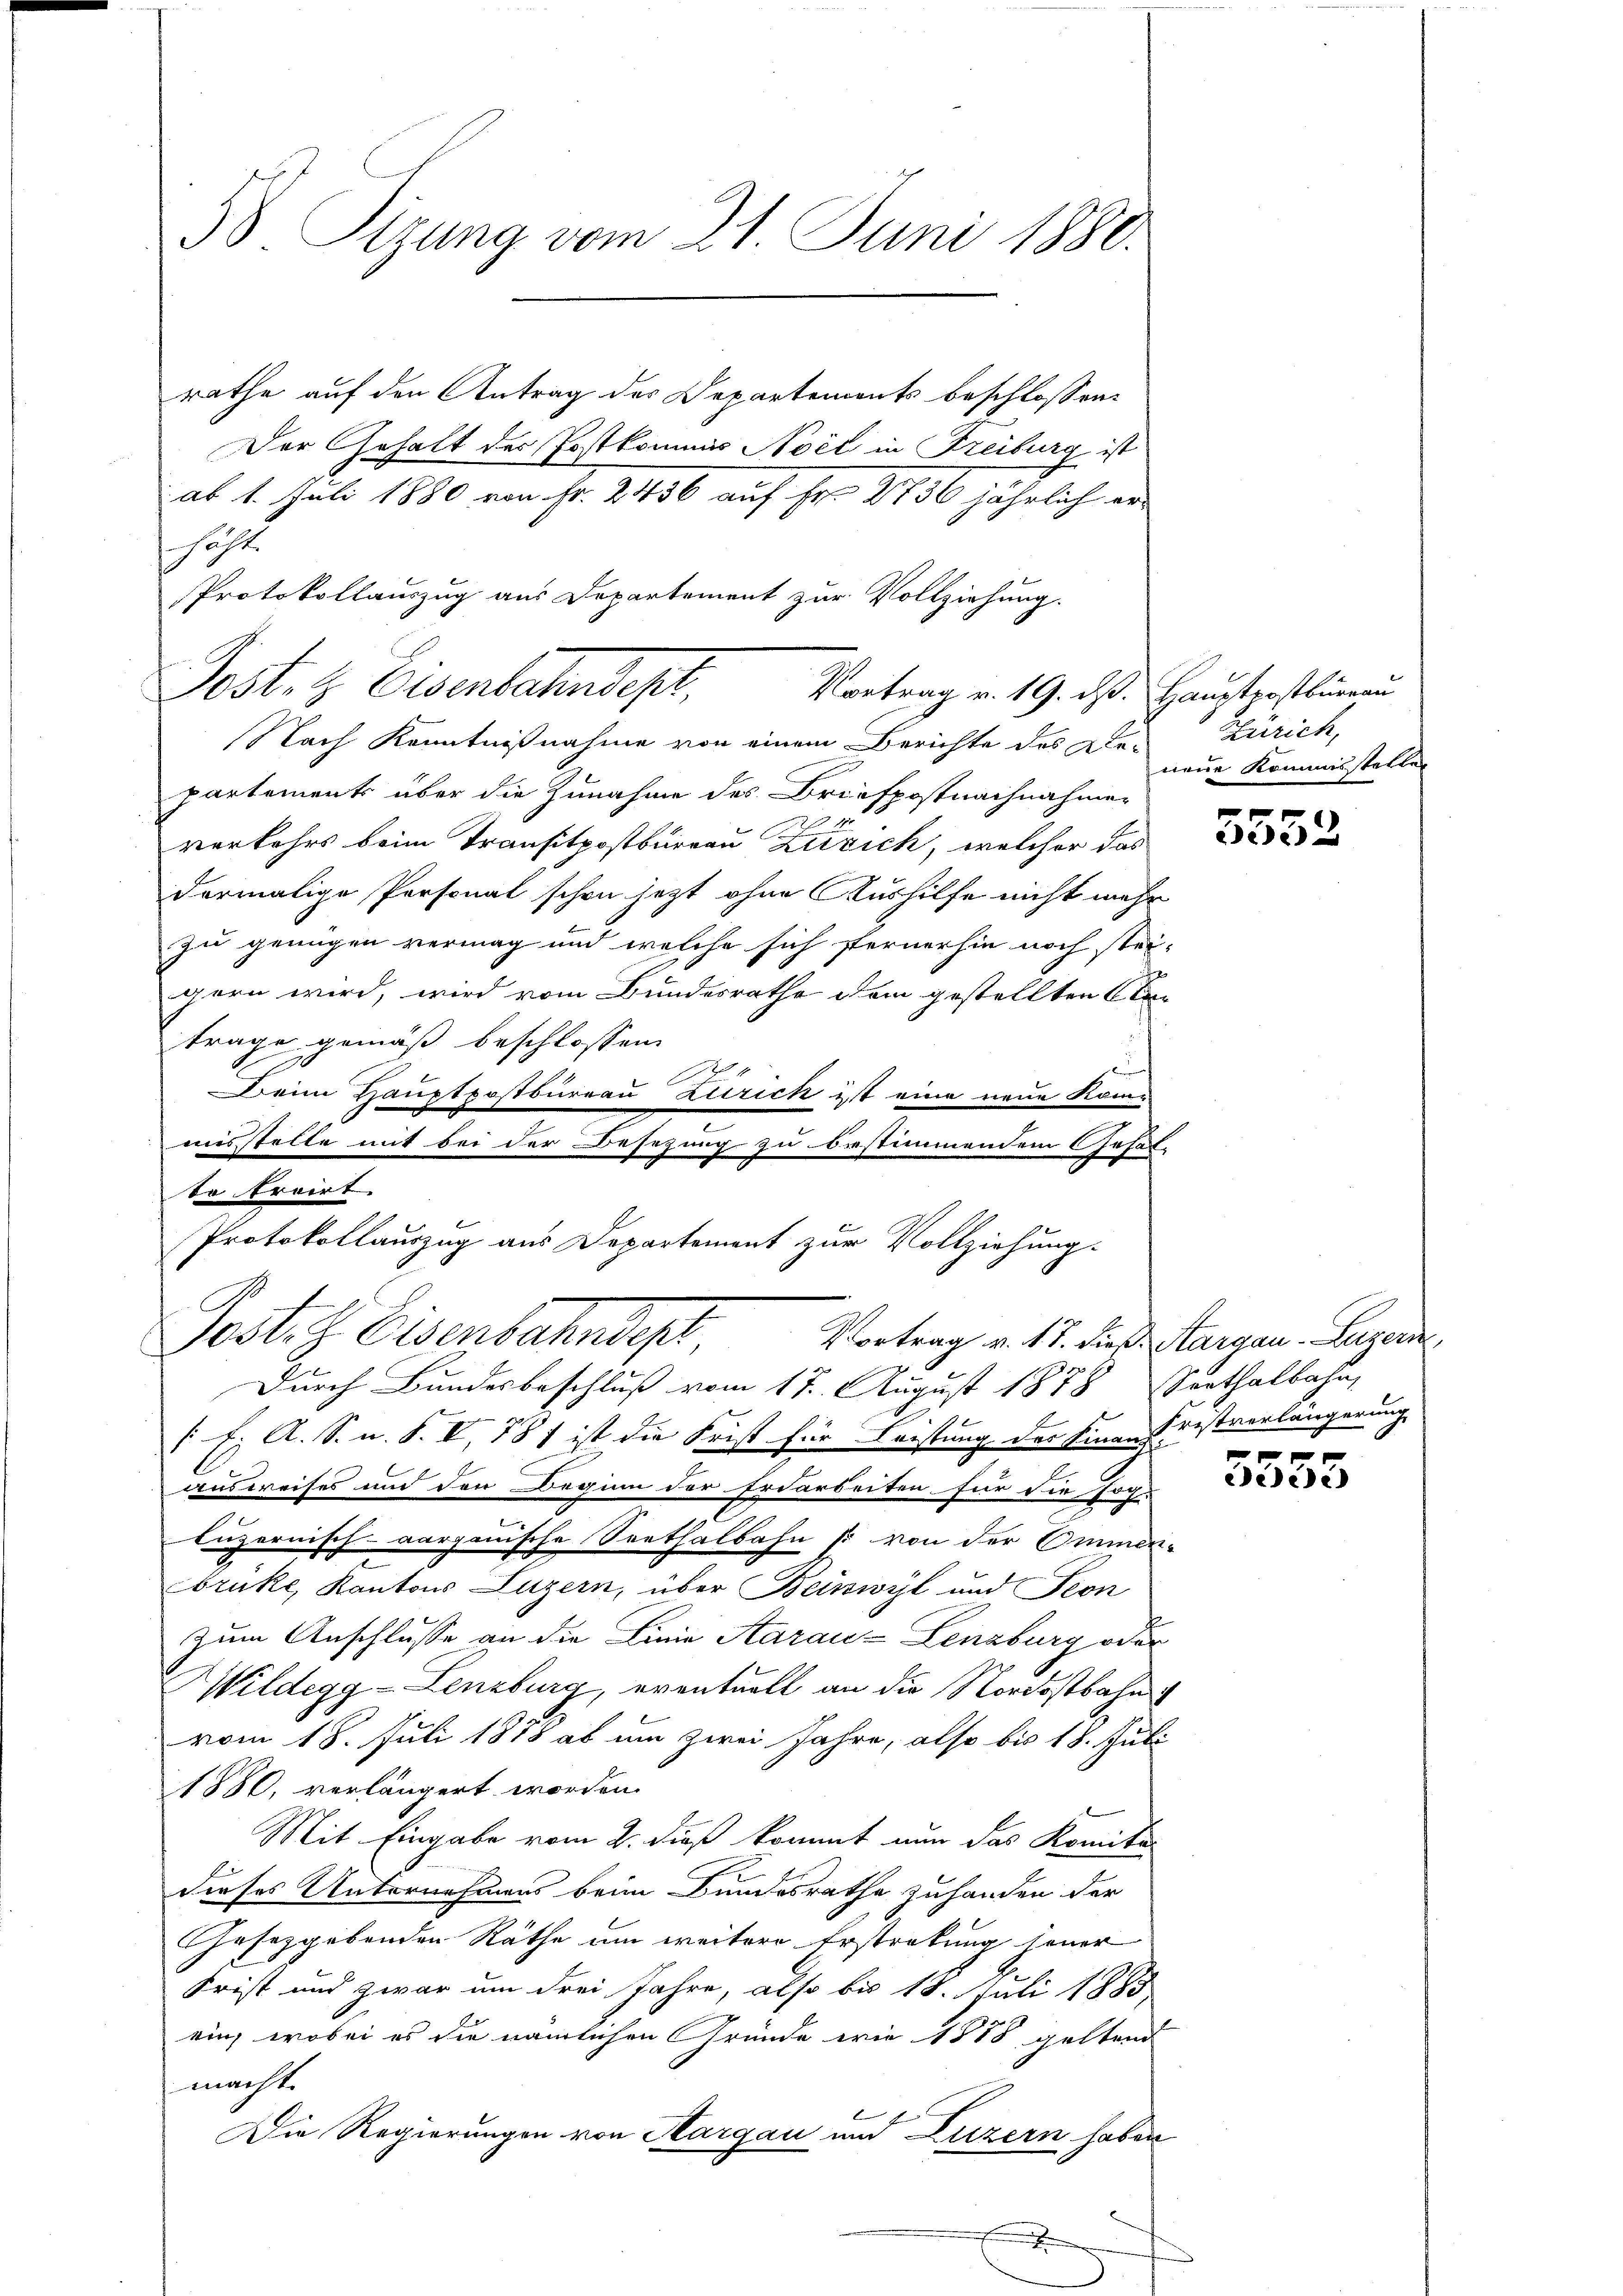
38. Sitzung vom 21. Juni 1880.

rathe auf den Antrag des Departements beschlossen:
Der Gehalt der Postkommes Noel in Freiburg ist
ab 1. Juli 1880 von Fr. 2456 auf Fr. 2736 jährlich erschafte
Nach Kenntnißnahme von einem Berichte des De-
partements über die Zunahme des Briefpostnachnahmer
verkehrs beim Transitpostbureau Zürich, welcher das
dormalige Personal schon jetzt ohne Aushilfe nicht mehr
zu genügen vermag und welche sich fernerhin noch stei-
gern wird, wird vom Bundesrathe dem gestellten Cantrage gemäß beschlossen
Deim Hauptpostbureau Zürich ist eine neue Kommisstelle mit bei der Besezung zu bestimmendem Gehal-
Durch Bundesbeschluß vom 17. August 1878 Senthalbahn,
/1. A. S. n. F. V, 781 ist die Frist für Leistung des Finanz restverlängerung
A
ausweises und den Beginn der Erdarbeiten für die sch
luzernisch-Aargauische Seethalbahn (: von der Ommen-
bruke, Kantons Luzern, über Beinwyl und Seon
zum Anschlusse an die Linie Aarau-Lenzburg oder
Wildegg - Lenzburg, eventuell an die Nordostbahn
vom 18. Juli 1878 ab um zwei Jahre, also bis 18. Juli
1880, verlängert worden.
Mit Eingabe vom 2. dieß kommt nun das Komite
e
dieses Unternehmens beim Bundesrathe zuhanden der
Gesetzgebenden Räthe um weitere Erstratung jener
Frist und zwar um drei Jahre, also bis 18. Juli 1885
ein, wobei es die nämlichen Gründe wie 1888 geltend
macht.
Die Regierungen von Aargau und Luzern haben
x

to ordirt.
Protokollauszug aus Departement zur Vollziehung.
Post z. Eisenbahndep
Vortrag v. 17. dieß. Aargau-Luzern,

Protokollauszug aus Departement zur Vollziehung.
Post. H. Eisenbahndepl
Vortrag v. 19. dß. Hauptpostbureau

Zürich,
neue Kommissteller

5552

eece)